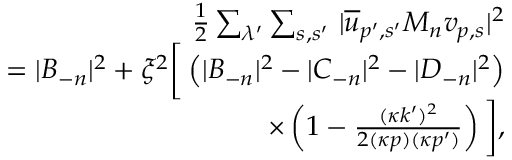
\begin{array} { r l r } & { } & { \frac { 1 } { 2 } \sum _ { \lambda ^ { \prime } } \sum _ { s , s ^ { \prime } } \, | \overline { { u } } _ { p ^ { \prime } , s ^ { \prime } } M _ { n } v _ { p , s } | ^ { 2 } } \\ & { } & { = | B _ { - n } | ^ { 2 } + \xi ^ { 2 } \bigg [ \left( | B _ { - n } | ^ { 2 } - | C _ { - n } | ^ { 2 } - | D _ { - n } | ^ { 2 } \right) } \\ & { } & { \times \left( 1 - \frac { ( \kappa k ^ { \prime } ) ^ { 2 } } { 2 ( \kappa p ) ( \kappa p ^ { \prime } ) } \right) \bigg ] , } \end{array}